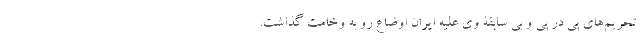
تحریم­های پی در پی و بی سابقة وی علیه ایران اوضاع رو به وخامت گذاشت.